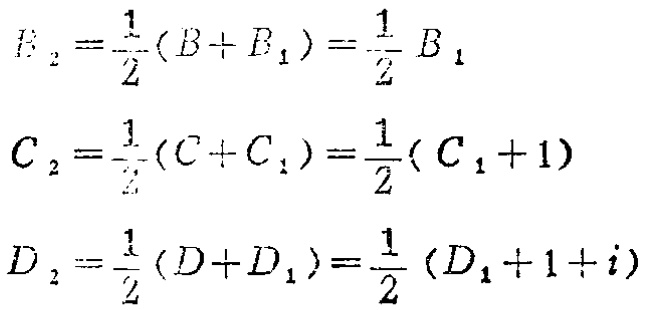
\[
\begin{align*}
B_2&=\frac{1}{2}(B + B_1)=\frac{1}{2}B_1\\
C_2&=\frac{1}{2}(C + C_1)=\frac{1}{2}(C_1 + 1)\\
D_2&=\frac{1}{2}(D + D_1)=\frac{1}{2}(D_1 + 1 + i)
\end{align*}
\]